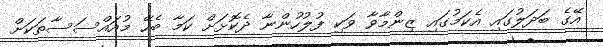
އޭގެ ބަދަލުގައި އެކަމުގައި ޒިންމާވާ ވަކި ފުލުހުންނާ ދެކޮޅަށް ކަމާ ބެހޭ މުއައްސަސާތަކަށް